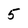
Character: 5